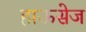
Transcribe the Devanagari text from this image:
हाऊसेज